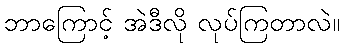
ဘာကြောင့် အဲဒီလို လုပ်ကြတာလဲ။